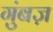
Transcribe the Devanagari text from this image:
गुंबज़